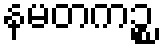
နမတကဉ္စ